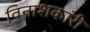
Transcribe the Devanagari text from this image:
विनाशकांरी